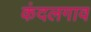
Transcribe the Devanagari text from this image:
कंदलगाव